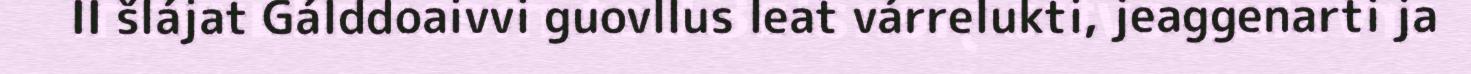
II šlájat Gálddoaivvi guovllus leat várrelukti, jeaggenarti ja